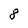
Character: 8